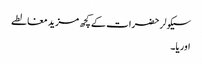
سیکولر حضرات کے کچھ مزید مغالطے
اوریا۔